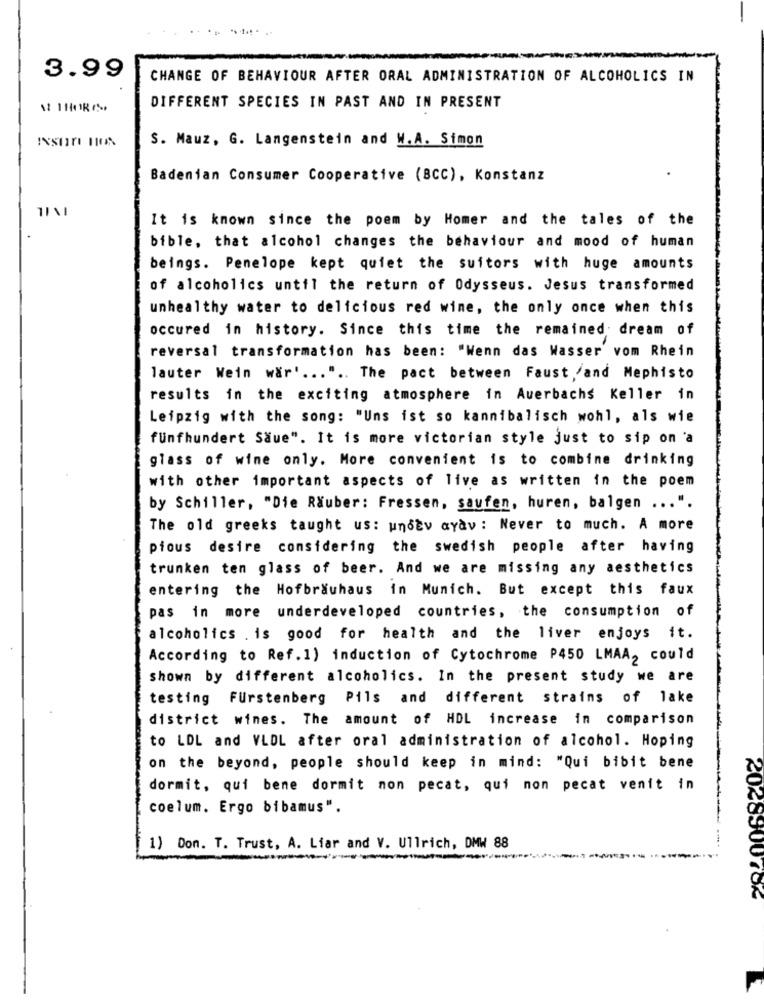
.. .. .....
3.99
CHANGE OF BEHAVIOUR AFTER ORAL ADMINISTRATION OF ALCOHOLICS IN
DIFFERENT SPECIES IN PAST AND IN PRESENT
S. Mauz, G. Langenstein and W.A. Simon
Badenian Consumer Cooperative (BCC), Konstanz
-
It is known since the poem by Homer and the tales of the
bible, that alcohol changes the behaviour and mood of human
beings. Penelope kept quiet the suitors with huge amounts
of alcoholics until the return of Odysseus. Jesus transformed
unhealthy water to delicious red wine, the only once when this
occured in history. Since this time the remained dream of
reversal transformation has been: "Wenn das Wasser vom Rhein
lauter Wein war' ... " .. The pact between Faust /and Mephisto
results in the exciting atmosphere in Auerbachs Keller in
Leipzig with the song: "Uns ist so kannibalisch wohl, als wie
fünfhundert Saue". It is more victorian style just to sip on 'a
glass of wine only. More convenient is to combine drinking
with other important aspects of live as written in the poem
by Schiller, "Die Räuber: Fressen, saufen, huren, balgen ... ".
The old greeks taught us: unoEv ayav : Never to much. A more
pious desire considering the swedish people after having
trunken ten glass of beer. And we are missing any aesthetics
entering the Hofbräuhaus in Munich. But except this faux
pas in more underdeveloped countries, the consumption of
alcoholics . is good for health and the liver enjoys it.
According to Ref. 1) induction of Cytochrome P450 LMAA, could
shown by different alcoholics. In the present study we are
testing Furstenberg
Pils and different strains of lake
district wines. The amount of HDL increase in comparison
to LDL and VLDL after oral administration of alcohol. Hoping
on the beyond, people should keep in mind: "Qui bibit bene
dormit, qui bene dormit non pecat, qui non pecat venit in
coelum. Ergo bibamus".
1) Don. T. Trust, A. Liar and V. Ullrich, DMW 88